Vaccination in the Punjab 1867-1880 - 1867-1880
Year: 1867
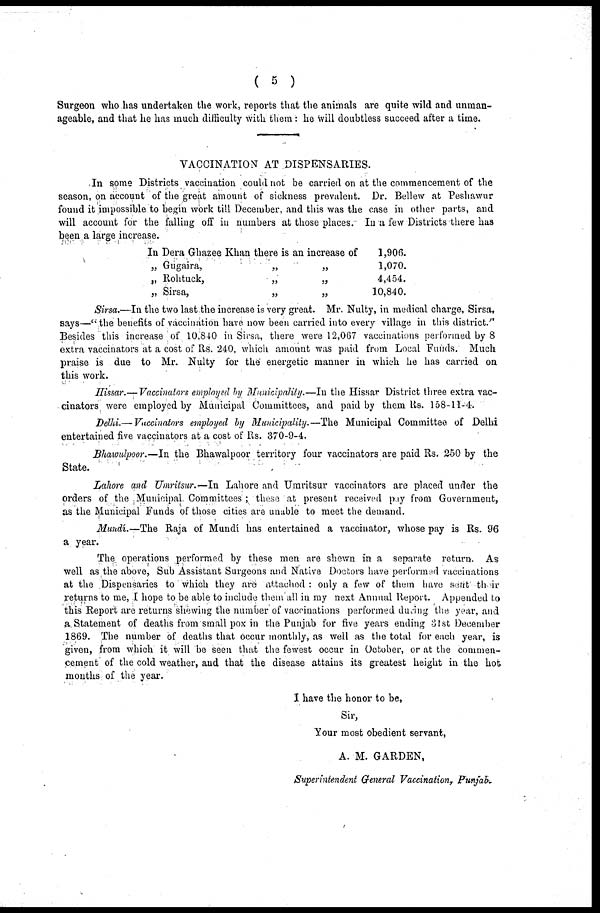
( 5 )
Surgeon who has undertaken the work, reports that the animals are quite wild and unman-
ageable, and that he has much difficulty with them: he will doubtless succeed after a time.
VACCINATION AT DISPENSARIES.
In some Districts vaccination could not be carried on at the commencement of the
season, on account of the great amount of sickness prevalent. Dr. Bellew at Peshawur
found it impossible to begin work till December, and this was the case in other parts, and
will account for the falling off in numbers at those places. In a few Districts there has
been a large increase.
In Dera Ghazee Khan there is an increase of
„ Gugaira,
„
„
„ Rohtuck,
„
„
„ Sirsa,
„
„
1,906.
1,070.
4,454.
10,840.
Sirsa.—In the two last the increase is very great. Mr. Nulty, in medical charge, Sirsa,
says—"the benefits of vaccination have now been carried into every village in this district."
Besides this increase of 10,840 in Sirsa, there were 12,067 vaccinations performed by 8
extra vaccinators at a cost of Rs. 240, which amount was paid from Local Funds. Much
praise is due to Mr. Nulty for the energetic manner in which he has carried on
this work.
Hissar.— Vaccinators employed by Municipality.—In the Hissar District three extra vac-
cinators were employed by Municipal Committees, and paid by them Rs. 158-11-4.
Delhi.— Vaccinators employed by Municipality.—The Municipal Committee of Delhi
entertained five vaccinators at a cost of Rs. 370-9-4.
Bhawulpoor.—In the Bhawalpoor territory four vaccinators are paid Rs. 250 by the
State.
Lahore and Umritsur.—In Lahore and Umritsur vaccinators are placed under the
Orders of the Municipal Committees ; these at present received pay from Government,
as the Municipal Funds of those cities are unable to meet the demand.
Mundí.—The Raja of Mundí has entertained a vaccinator, whose pay is Rs. 96
a year.
The operations performed by these men are shewn in a separate return. As
well as the above, Sub Assistant Surgeons and Native Doctors have performed vaccinations
at the Dispensaries to which they are attached : only a few of them have sent their
returns to me, I hope to be able to include them all in my next Annual Report. Appended to
this Report are returns shewing the number of vaccinations performed during the year, and
a Statement of deaths from small pox in the Punjab for five years ending 31st December
1869. The number of deaths that occur monthly, as well as the total for each year, is
given, from which it will be seen that the fewest occur in October, or at the commen-
cement of the cold weather, and that the disease attains its greatest height in the hot
months of the year.
I have the honor to be,
Sir,
Your most obedient servant,
A. M. GARDEN,
Superintendent General Vaccination, Punjab.